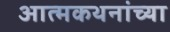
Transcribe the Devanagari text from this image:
आत्मकथनांच्या